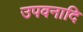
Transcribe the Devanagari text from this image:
उपवनादि